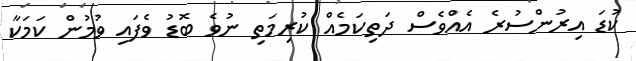
ކުޑަ އިރުންސުރެ އެއްވެސް ދަތިކަމެއް ކުރިމަތި ނުވެ ބޮޑު ވެފައި ވުމުން ކަމަކާ